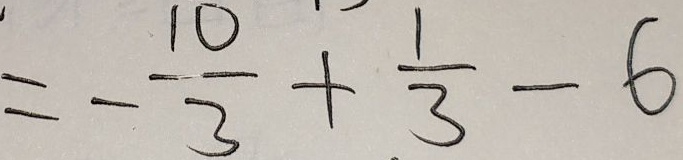
= - \frac { 1 0 } { 3 } + \frac { 1 } { 3 } - 6